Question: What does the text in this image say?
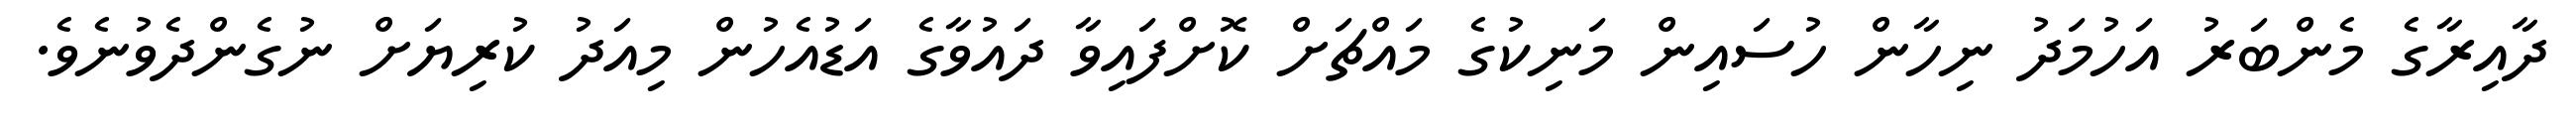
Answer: ދާއިރާގެ މެންބަރު އަހުމަދު ނިހާން ހުސައިން މަނިކުގެ މައްޗަށް ކޮށްފައިވާ ދައުވާގެ އަޑުއެހުން މިއަދު ކުރިޔަށް ނުގެންދެވުނެވެ.